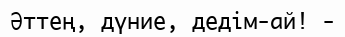
Әттең, дүние, дедім-ай! -